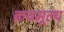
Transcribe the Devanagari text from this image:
क्रयमूल्य